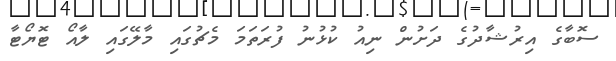
ސޮބާގެ އިރުޝާދުގެ ދަށުން ނިއު ކުޅުނު ފުރަތަމަ މެޗުގައި މާލޭގައި ލާއޯ ޓޮޔޯޓާ